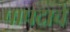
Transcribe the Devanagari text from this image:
पापदाचे